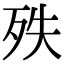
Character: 𣧞